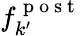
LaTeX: f_{k^{\prime}}^{\mathrm{~p~o~s~t~}}